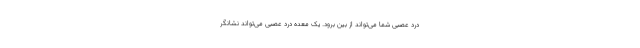
درد عصبی شما می‌تواند از بین برود. یک معده درد عصبی می‌تواند نشانگر